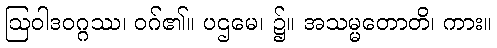
ဩဝါဒဝဂ္ဂဿ၊ ဝဂ်၏။ ပဌမေ၊ ၌။ အသမ္မတောတိ၊ ကား။